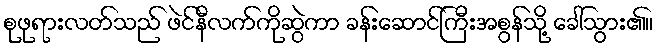
စုဖုရားလတ်သည် ဖဲင်နီလက်ကိုဆွဲကာ ခန်းဆောင်ကြီးအစွန်သို့ ခေါ်သွား၏။